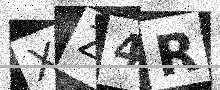
Text: XZ4R